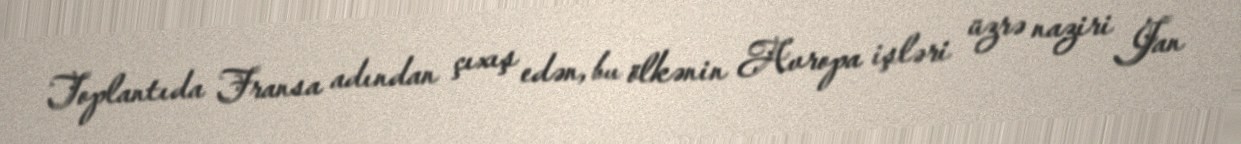
Toplantıda Fransa adından çıxış edən, bu ölkənin Avropa işləri üzrə naziri Jan